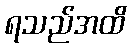
ရသည်အထိ